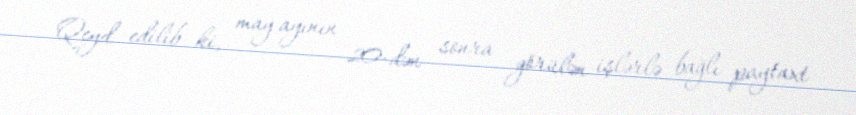
Qeyd edilib ki, may ayının 20-dən sonra görülən işlərlə bağlı paytaxt